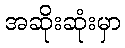
အဆိုးဆုံးမှာ